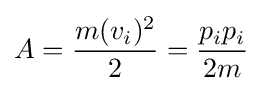
A={\frac {m(v_{i})^{2}}{2}}={\frac {p_{i}p_{i}}{2m}}